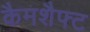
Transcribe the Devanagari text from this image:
कैमशैफ्ट